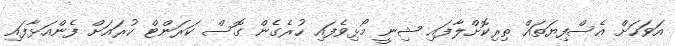
އަވަހަށް އެސްފިޔަތައް ތިރިކޮށްލާފައި ޝިނީ މޯޅިވެފައި ހުރެގެން ގޮސް ކަރަންޓް ކުރައަށް ފެންއަޅާފައި